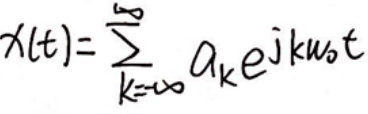
\[
x(t)=\sum_{k = -\infty}^{\infty} a_{k} e^{j k \omega_{0} t}
\]